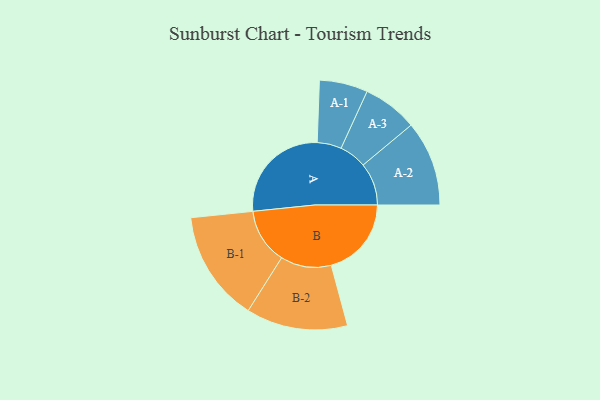
{"axis": {"x": "Segment", "y": "Value"}, "legend": ["", "A", "B"], "data": [{"x": "A", "y": 485, "type": ""}, {"x": "B", "y": 371, "type": ""}, {"x": "A-1", "y": 112, "type": "A"}, {"x": "A-2", "y": 197, "type": "A"}, {"x": "A-3", "y": 127, "type": "A"}, {"x": "B-1", "y": 257, "type": "B"}, {"x": "B-2", "y": 235, "type": "B"}]}